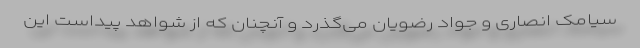
سیامک انصاری و جواد رضویان می‌گذرد و آنچنان که از شواهد پیداست این